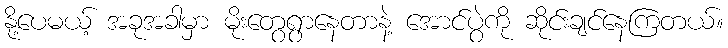
နို့ပေမယ့် အခုအခါမှာ မိုးတွေရွာနေတာနဲ့ အောင်ပွဲကို ဆိုင်းချင်နေကြတယ်။